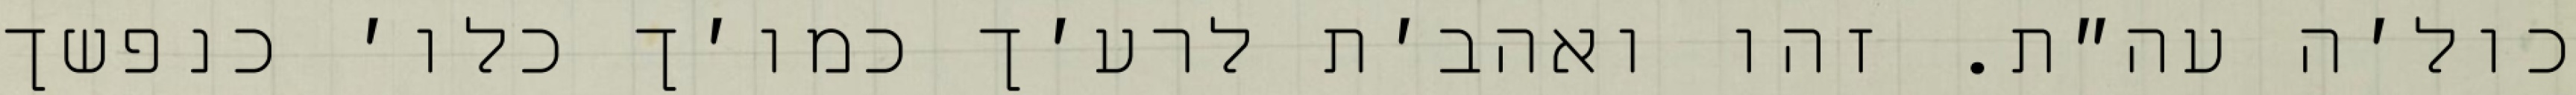
כול׳ה עה״ת. זהו ואהב׳ת לרע׳ך כמו׳ך כלו׳ כנפשך